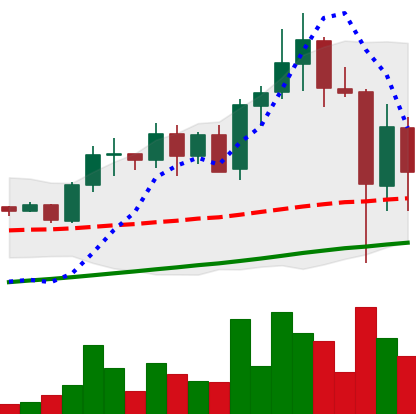
Ticker: ADA-USD
Chart end date: 2021-05-21
Forward return: 14.844%
Label: up_7plus